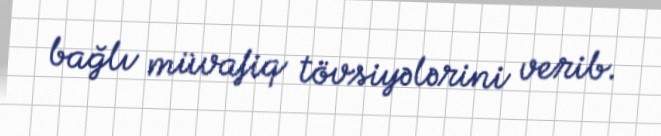
bağlı müvafiq tövsiyələrini verib.